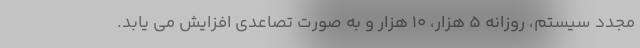
مجدد سیستم، روزانه ۵ هزار، ۱۰ هزار و به صورت تصاعدی افزایش می یابد.